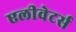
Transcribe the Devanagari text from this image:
एलीवेटर्स